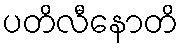
ပတိလီနောတိ